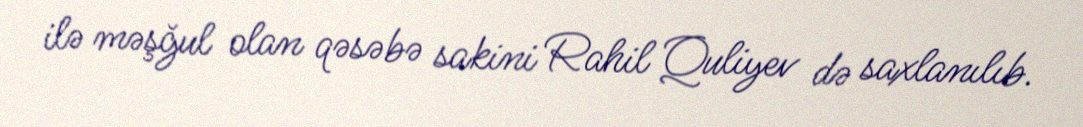
ilə məşğul olan qəsəbə sakini Rahil Quliyev də saxlanılıb.